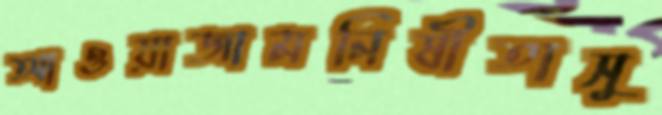
আওয়াজামনিষীতাসু